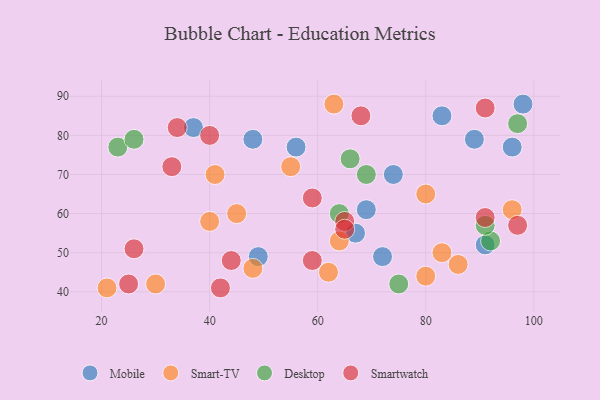
{"axis": {"x": "GDP", "y": "Life Expectancy"}, "legend": ["Desktop", "Mobile", "Smart-TV", "Smartwatch"], "data": [{"x": "83", "y": 85, "type": "Mobile"}, {"x": "72", "y": 49, "type": "Mobile"}, {"x": "67", "y": 55, "type": "Mobile"}, {"x": "56", "y": 77, "type": "Mobile"}, {"x": "48", "y": 79, "type": "Mobile"}, {"x": "91", "y": 52, "type": "Mobile"}, {"x": "37", "y": 82, "type": "Mobile"}, {"x": "98", "y": 88, "type": "Mobile"}, {"x": "89", "y": 79, "type": "Mobile"}, {"x": "49", "y": 49, "type": "Mobile"}, {"x": "69", "y": 61, "type": "Mobile"}, {"x": "74", "y": 70, "type": "Mobile"}, {"x": "96", "y": 77, "type": "Mobile"}, {"x": "80", "y": 44, "type": "Smart-TV"}, {"x": "48", "y": 46, "type": "Smart-TV"}, {"x": "63", "y": 88, "type": "Smart-TV"}, {"x": "55", "y": 72, "type": "Smart-TV"}, {"x": "41", "y": 70, "type": "Smart-TV"}, {"x": "83", "y": 50, "type": "Smart-TV"}, {"x": "40", "y": 58, "type": "Smart-TV"}, {"x": "64", "y": 53, "type": "Smart-TV"}, {"x": "30", "y": 42, "type": "Smart-TV"}, {"x": "80", "y": 65, "type": "Smart-TV"}, {"x": "86", "y": 47, "type": "Smart-TV"}, {"x": "96", "y": 61, "type": "Smart-TV"}, {"x": "62", "y": 45, "type": "Smart-TV"}, {"x": "21", "y": 41, "type": "Smart-TV"}, {"x": "45", "y": 60, "type": "Smart-TV"}, {"x": "92", "y": 53, "type": "Desktop"}, {"x": "23", "y": 77, "type": "Desktop"}, {"x": "64", "y": 60, "type": "Desktop"}, {"x": "75", "y": 42, "type": "Desktop"}, {"x": "97", "y": 83, "type": "Desktop"}, {"x": "91", "y": 57, "type": "Desktop"}, {"x": "26", "y": 79, "type": "Desktop"}, {"x": "69", "y": 70, "type": "Desktop"}, {"x": "66", "y": 74, "type": "Desktop"}, {"x": "42", "y": 41, "type": "Smartwatch"}, {"x": "26", "y": 51, "type": "Smartwatch"}, {"x": "40", "y": 80, "type": "Smartwatch"}, {"x": "97", "y": 57, "type": "Smartwatch"}, {"x": "33", "y": 72, "type": "Smartwatch"}, {"x": "44", "y": 48, "type": "Smartwatch"}, {"x": "91", "y": 59, "type": "Smartwatch"}, {"x": "59", "y": 48, "type": "Smartwatch"}, {"x": "59", "y": 64, "type": "Smartwatch"}, {"x": "34", "y": 82, "type": "Smartwatch"}, {"x": "91", "y": 87, "type": "Smartwatch"}, {"x": "25", "y": 42, "type": "Smartwatch"}, {"x": "65", "y": 58, "type": "Smartwatch"}, {"x": "68", "y": 85, "type": "Smartwatch"}, {"x": "65", "y": 56, "type": "Smartwatch"}]}